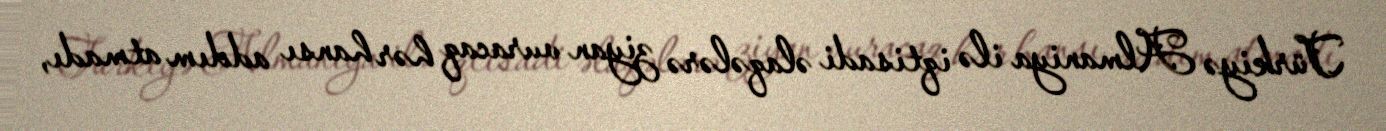
Türkiyə Almaniya ilə iqtisadi əlaqələrə ziyan vuracaq hər hansı addım atmadı,